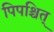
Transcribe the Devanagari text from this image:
पिपश्चित्